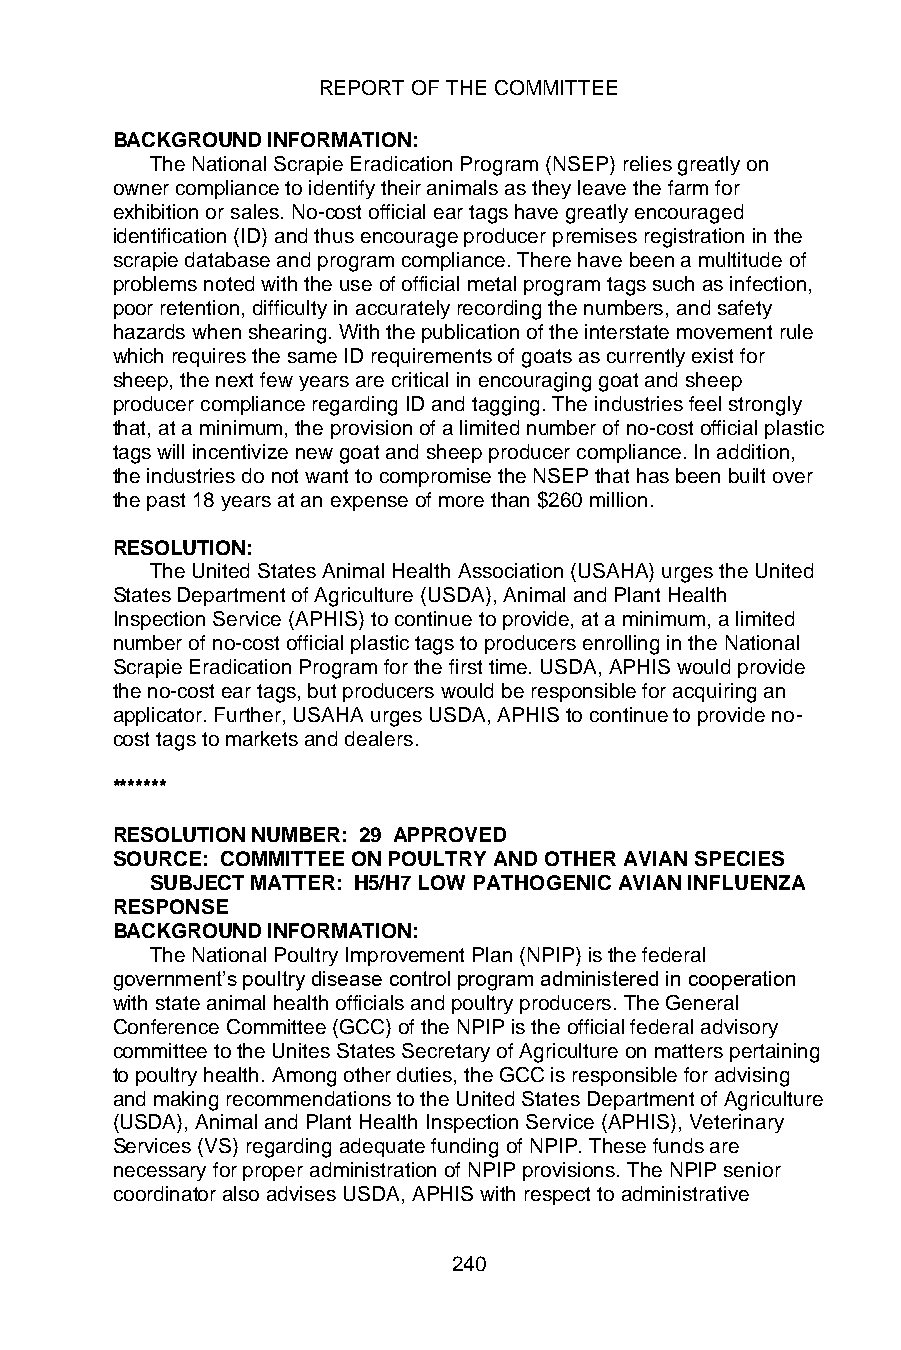
REPORT OF THE COMMITTEE
 BACKGROUND INFORMATION:
 The National Scrapie Eradication Program (NSEP) relies greatly on
 owner compliance to identify their animals as they leave the farm for
 exhibition or sales. No-cost official ear tags have greatly encouraged
 identification (ID) and thus encourage producer premises registration in the
 scrapie database and program compliance. There have been a multitude of
 problems noted with the use of official metal program tags such as infection,
 poor retention, difficulty in accurately recording the numbers, and safety
 hazards when shearing. With the publication of the interstate movement rule
 which requires the same ID requirements of goats as currently exist for
 sheep, the next few years are critical in encouraging goat and sheep
 producer compliance regarding ID and tagging. The industries feel strongly
 that, at a minimum, the provision of a limited number of no-cost official plastic
 tags will incentivize new goat and sheep producer compliance. In addition,
 the industries do not want to compromise the NSEP that has been built over
 the past 18 years at an expense of more than $260 million.
 RESOLUTION:
 The United States Animal Health Association (USAHA) urges the United
 States Department of Agriculture (USDA), Animal and Plant Health
 Inspection Service (APHIS) to continue to provide, at a minimum, a limited
 number of no-cost official plastic tags to producers enrolling in the National
 Scrapie Eradication Program for the first time. USDA, APHIS would provide
 the no-cost ear tags, but producers would be responsible for acquiring an
 applicator. Further, USAHA urges USDA, APHIS to continue to provide no-
 cost tags to markets and dealers.
 *******
 RESOLUTION NUMBER: 29 APPROVED
 SOURCE: COMMITTEE ON POULTRY AND OTHER AVIAN SPECIES
 SUBJECT MATTER: H5/H7 LOW PATHOGENIC AVIAN INFLUENZA
 RESPONSE
 BACKGROUND INFORMATION:
 The National Poultry Improvement Plan (NPIP) is the federal
 government’s poultry disease control program administered in cooperation
 with state animal health officials and poultry producers. The General
 Conference Committee (GCC) of the NPIP is the official federal advisory
 committee to the Unites States Secretary of Agriculture on matters pertaining
 to poultry health. Among other duties, the GCC is responsible for advising
 and making recommendations to the United States Department of Agriculture
 (USDA), Animal and Plant Health Inspection Service (APHIS), Veterinary
 Services (VS) regarding adequate funding of NPIP. These funds are
 necessary for proper administration of NPIP provisions. The NPIP senior
 coordinator also advises USDA, APHIS with respect to administrative
 240